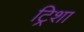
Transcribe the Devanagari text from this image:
ट्रिशा